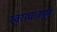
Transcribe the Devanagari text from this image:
स्वराघातपूर्ण